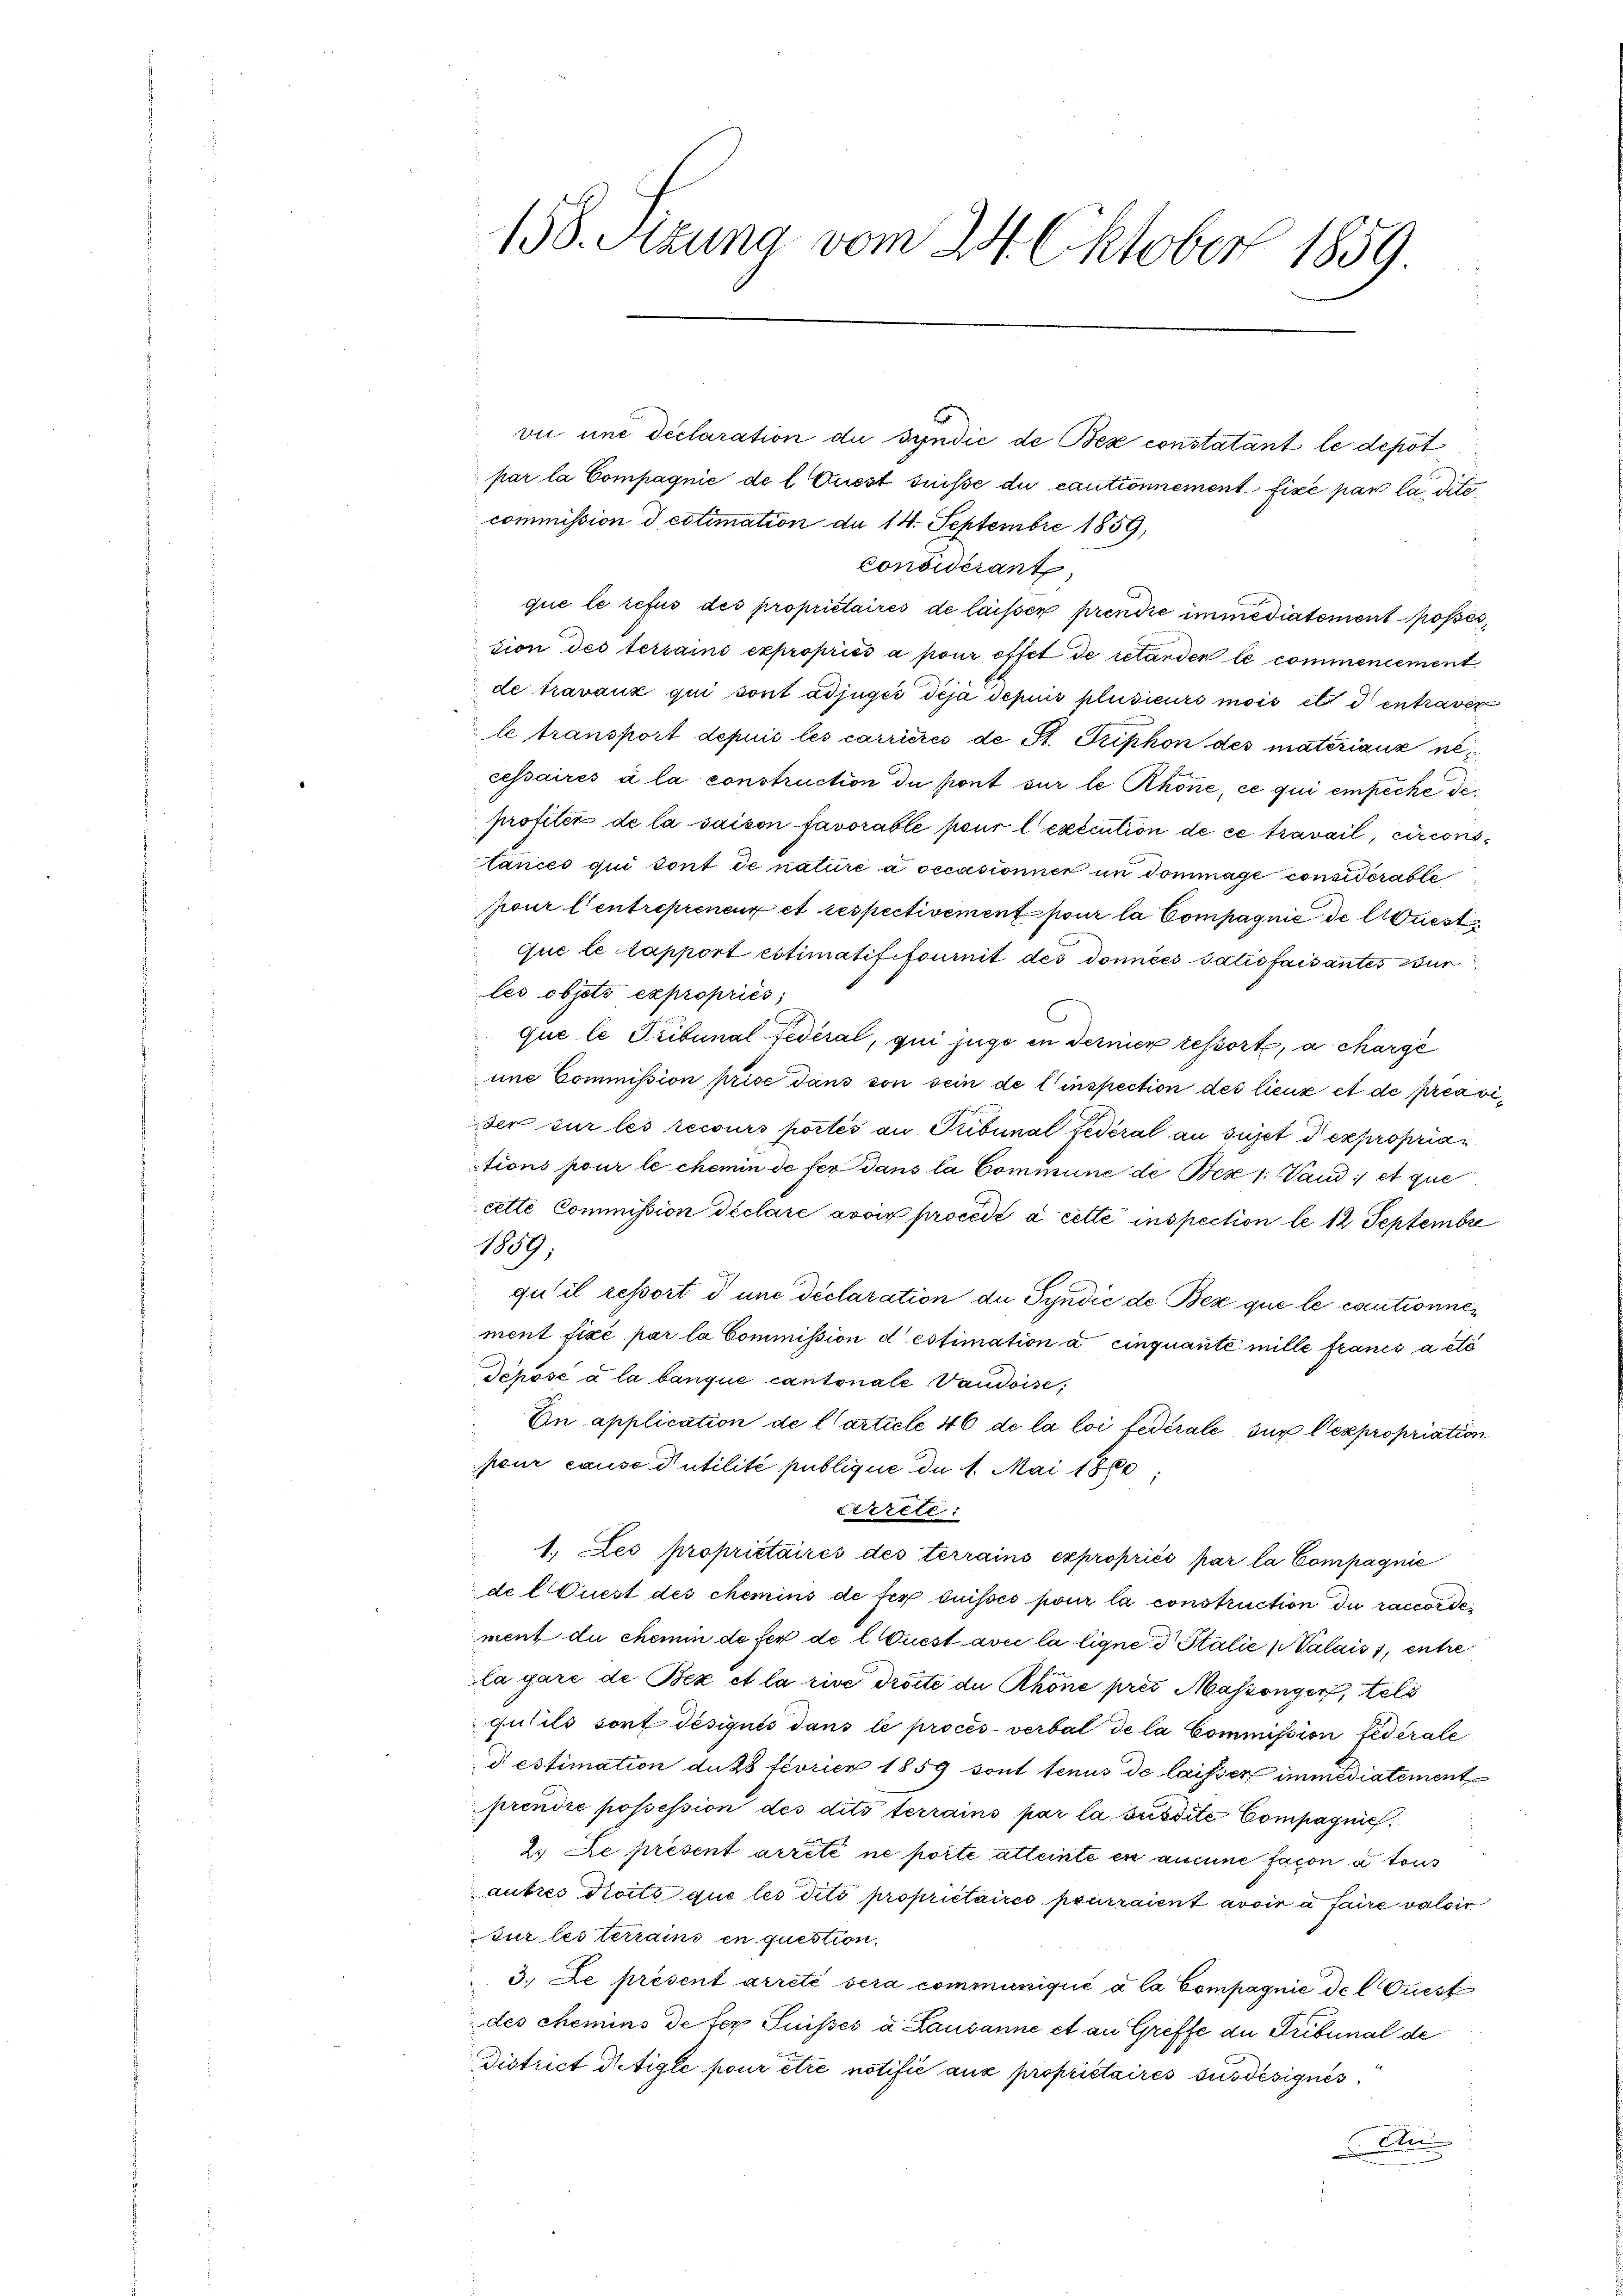
158. Sitzung vom 24. Oktober 1859

par la Compagnie de l Ausst suisse du cautionnement fixé par la dite
commission d cotimation de 14. Septembre 1859,
Considérant,
que le refus des propriétaires de laisser prendre immediatement posses,
tion des terrains expropriés à pour effet de retanden le commencement
de travaux qui sont adjuges deja depuis plusieurs mois ils d entraver
le transport depuis les carrières de St. Triphon des matériaux necessaires à la construction du pont sur le Rhone, ce qui empêche deprotité de la saison favorable pour lexecution de ce travail, circons
tances qui sont de nature a occasionner un dommage considérable
pour l’entreprenen et respectivement pour la Compagnie de liest
que le tapport estimatiffournit des données datisfaisantes zur
les objets expropriés,
que le Tribunal Federal, qui juge in dernier ressort, a charge
une Commission prise dans von sein de l’inspection des lieux et de préavier sur les recours portés au Tribunal Federal au sujet d expropriations pour le chemin de fer dans la Commune de Bese 1. Land ; et que
cette Commission déclaré avoir procédé à cette inspection le 12 Septembre
1809.
qu’il ressort d une déclaration du Syndić de Bez que le cautionnement fixé par la Commission destimation a cinquante mille francs a été
Tchöse à la banque cantonale Vaudoise,
En application de l’article 46 de la loi fédérale sur lexpropriation
pour cause Putilité publique du 1. Mai 1860;
Errcte:
1. Les propriétaires des terrains expropriés par la Compagnie
de l Quest des chemins de fer cuisses pour la construction du raccordement du chemin de ser de l Quest avec la ligne Stalić palais 7, entre
la gare de Bex et la rive Tröste der Rhone pres Massenger, tels
quets sort désignis dans le procès-verbal de la Commission federate
destimation du 28 feorien 1859 sont tenus de laisser immediatement
prendre possession des dits terrains par la susdite Compagnieh.
2. Le présent arrêté ne porte atteinte en aucune facon a tous
autres droits que les dito propriétaires pourraient avoir à faire valoir
sur les terrains en question.
3. Le présent arreté sera communiqué à la Compagnie de l Quest
des chemins de fer Suisses a Lausanne et an Greffe au Tribunal de
District Wetigle pour être notifié aux propriétaires susdésignés.
An

vue une déclaration die Syndić de Bex constatant le depot